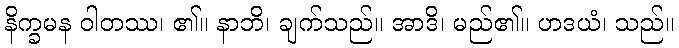
နိက္ခမန ဝါတဿ၊ ၏။ နာဘိ၊ ချက်သည်။ အာဒိ၊ မည်၏။ ဟဒယံ၊ သည်။